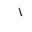
Letter: _alif